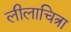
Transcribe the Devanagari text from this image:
लीलाचित्रा